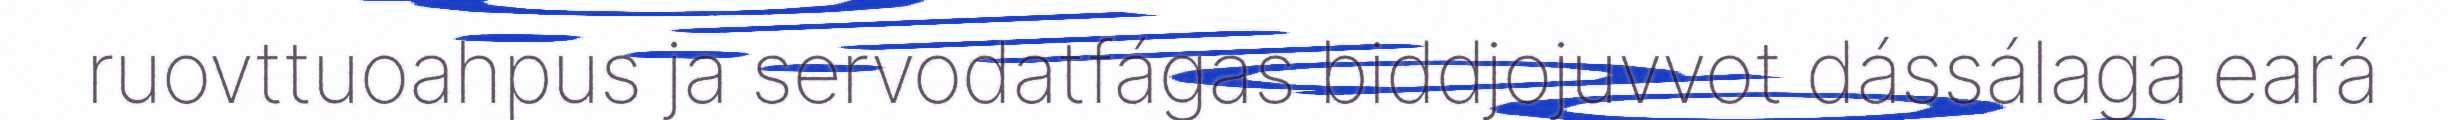
ruovttuoahpus ja servodatfágas biddjojuvvot dássálaga eará